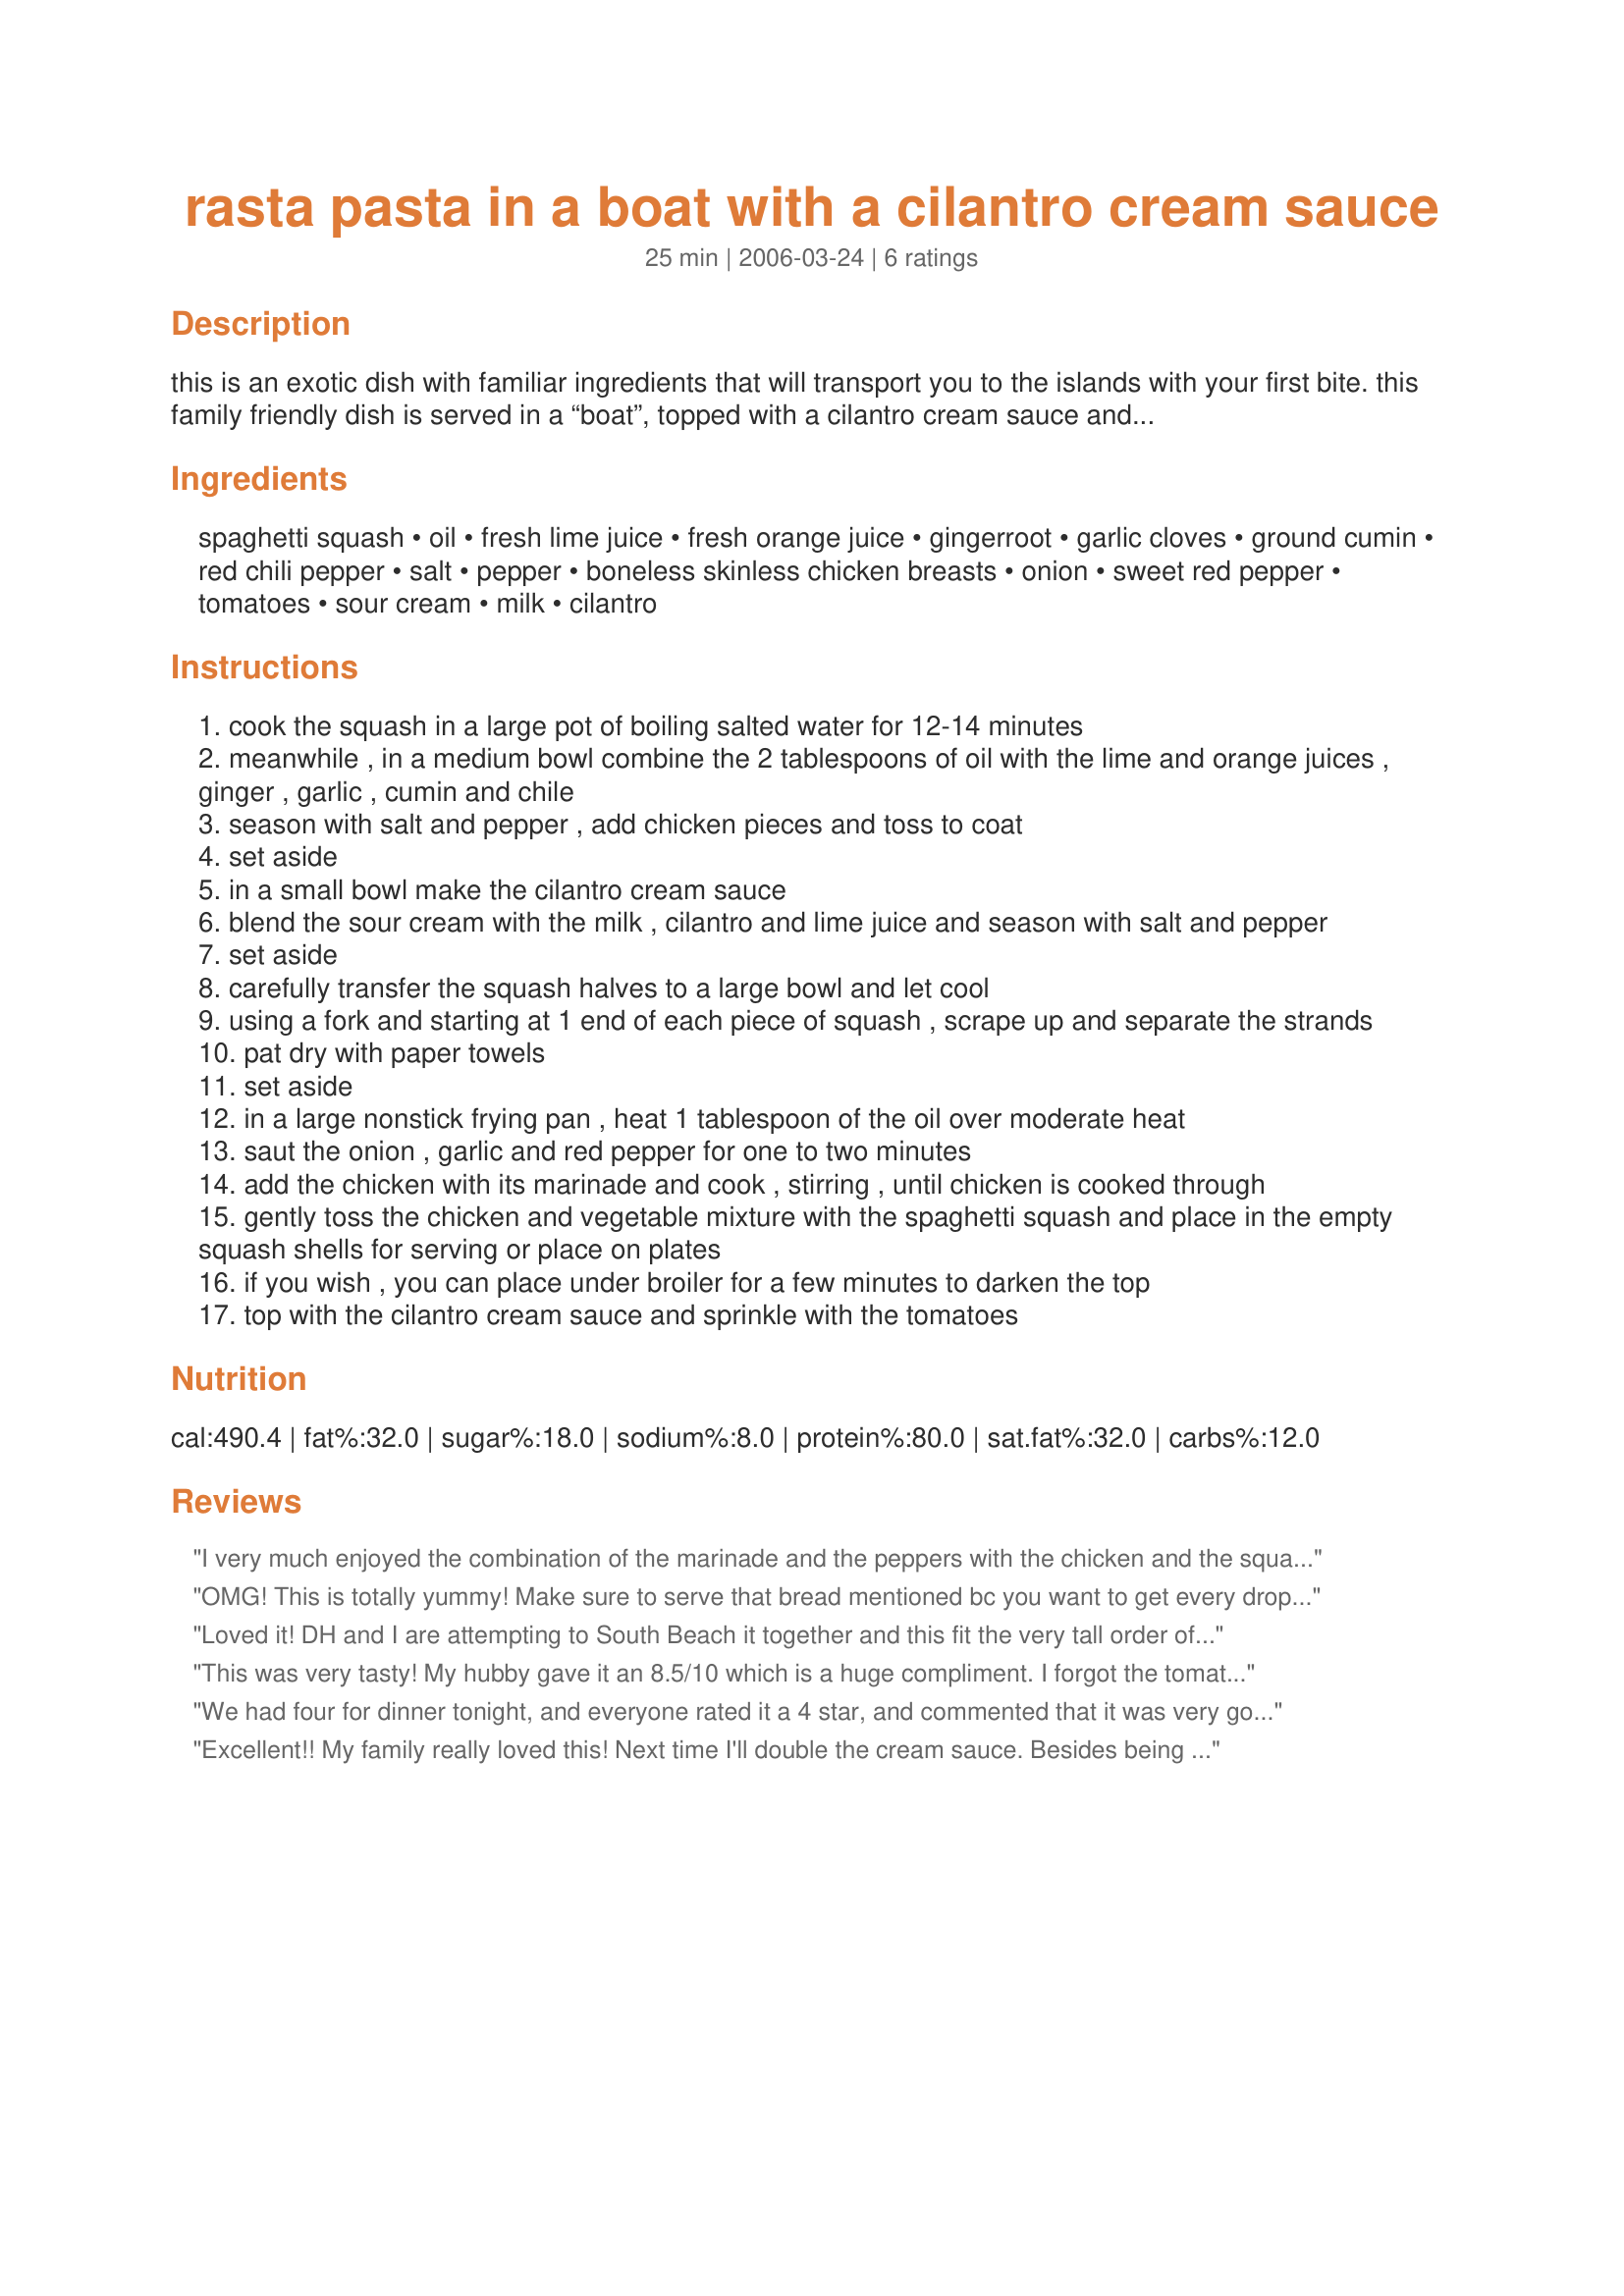
rasta pasta in a boat with a cilantro cream sauce
Preparation time: 25 minutes

this is an exotic dish with familiar ingredients that will transport you to the islands with your first bite. this family friendly dish is served in a “boat”, topped with a cilantro cream sauce and sprinkled with tomatoes for a visually appealing island feast. serve with fresh crusty bread and a bottle of wine for a special dinner for two. the chicken can easily be left out to make this a great vegetarian main dish. the low fat options make this great for those on the south beach diet. this recipe was created for rsc #8.

Ingredients:
spaghetti squash, oil, fresh lime juice, fresh orange juice, gingerroot, garlic cloves, ground cumin, red chili pepper, salt, pepper, boneless skinless chicken breasts, onion, sweet red pepper, tomatoes, sour cream, milk, cilantro

Steps:
cook the squash in a large pot of boiling salted water for 12-14 minutes
meanwhile , in a medium bowl combine the 2 tablespoons of oil with the lime and orange juices , ginger , garlic , cumin and chile
season with salt and pepper , add chicken pieces and toss to coat
set aside
in a small bowl make the cilantro cream sauce
blend the sour cream with the milk , cilantro and lime juice and season with salt and pepper
set aside
carefully transfer the squash halves to a large bowl and let cool
using a fork and starting at 1 end of each piece of squash , scrape up and separate the strands
pat dry with paper towels
set aside
in a large nonstick frying pan , heat 1 tablespoon of the oil over moderate heat
saut the onion , garlic and red pepper for one to two minutes
add the chicken with its marinade and cook , stirring , until chicken is cooked through
gently toss the chicken and vegetable mixture with the spaghetti squash and place in the empty squash shells for serving or place on plates
if you wish , you can place under broiler for a few minutes to darken the top
top with the cilantro cream sauce and sprinkle with the tomatoes

Reviews:
I very much enjoyed the combination of the marinade and the peppers with the chicken and the squash works beautifully with the citrus and ginger -- a sort of Caribbean pasta primavera. The cream sauce (I used light sour cream) is very cool and smooth--an excellent contrast.
OMG! This is totally yummy! Make sure to serve that bread mentioned bc you want to get every drop of the creamy sauce. Fantastic way to get the kiddos to eat their veggies- even my BIG kiddo (dh) ate this! hehehe


Loved it! DH and I are attempting to South Beach it together and this fit the very tall order of a dish we both could eat and liked. DH ususally does not like anything with a strong taste, but he loved the cool cilantro dressing. I was estatic! I will also be using the chicken marinade for other dishes as well. For fun, I seeded and chopped a jalapeno to spice it up.
This was very tasty! My hubby gave it an 8.5/10 which is a huge compliment. I forgot the tomatoes at the end, but it was still yummy. I did make some pretty big changes since we are mostly vegan these days. I used #247817 for the sour cream and it turned out great!! I doubled the sauce amount and am SO glad I did!! For the chicken I used a mix of vegetarian chicken. I used no oil in the marinade and steamed the peppers and onions in water instead of oil. I will definitely be making this again!!! Thanks SO MUCH for sharing! :O)
We had four for dinner tonight, and everyone rated it a 4 star, and commented that it was very good, and we would make it again. We agreed that the only thing that kept it from a 5 star review is that it had a little too much going on, and the different components (chicken, vegetable and sour cream) almost competed with one another for flavor rather than complemented. The sour cream sauce is outstanding, and everyone loved the spaghetti squash base. Using low fat sour cream and milk, this is a great South Beach recipe.
Excellent!! My family really loved this! Next time I'll double the cream sauce. Besides being tasty and nutritious this just looks really lovely on the plate! Next time I'll serve it in the "boat!"
